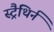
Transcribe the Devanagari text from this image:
स्ट्रैथिर्न